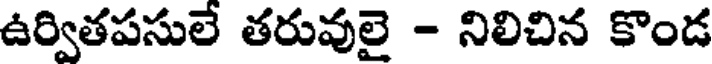
ఉర్వితపసులే తరువులై - నిలిచిన కొండ